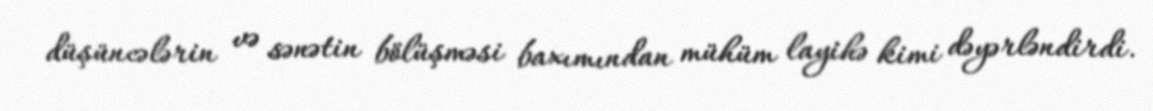
düşüncələrin və sənətin bölüşməsi baxımından mühüm layihə kimi dəyərləndirdi.